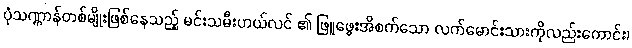
ပုံသဏ္ဌာန်တစ်မျိုးဖြစ်နေသည့် မင်းသမီးဟယ်လင် ၏ ဖြူဖွေးအိစက်သော လက်မောင်းသားကိုလည်းကောင်း၊